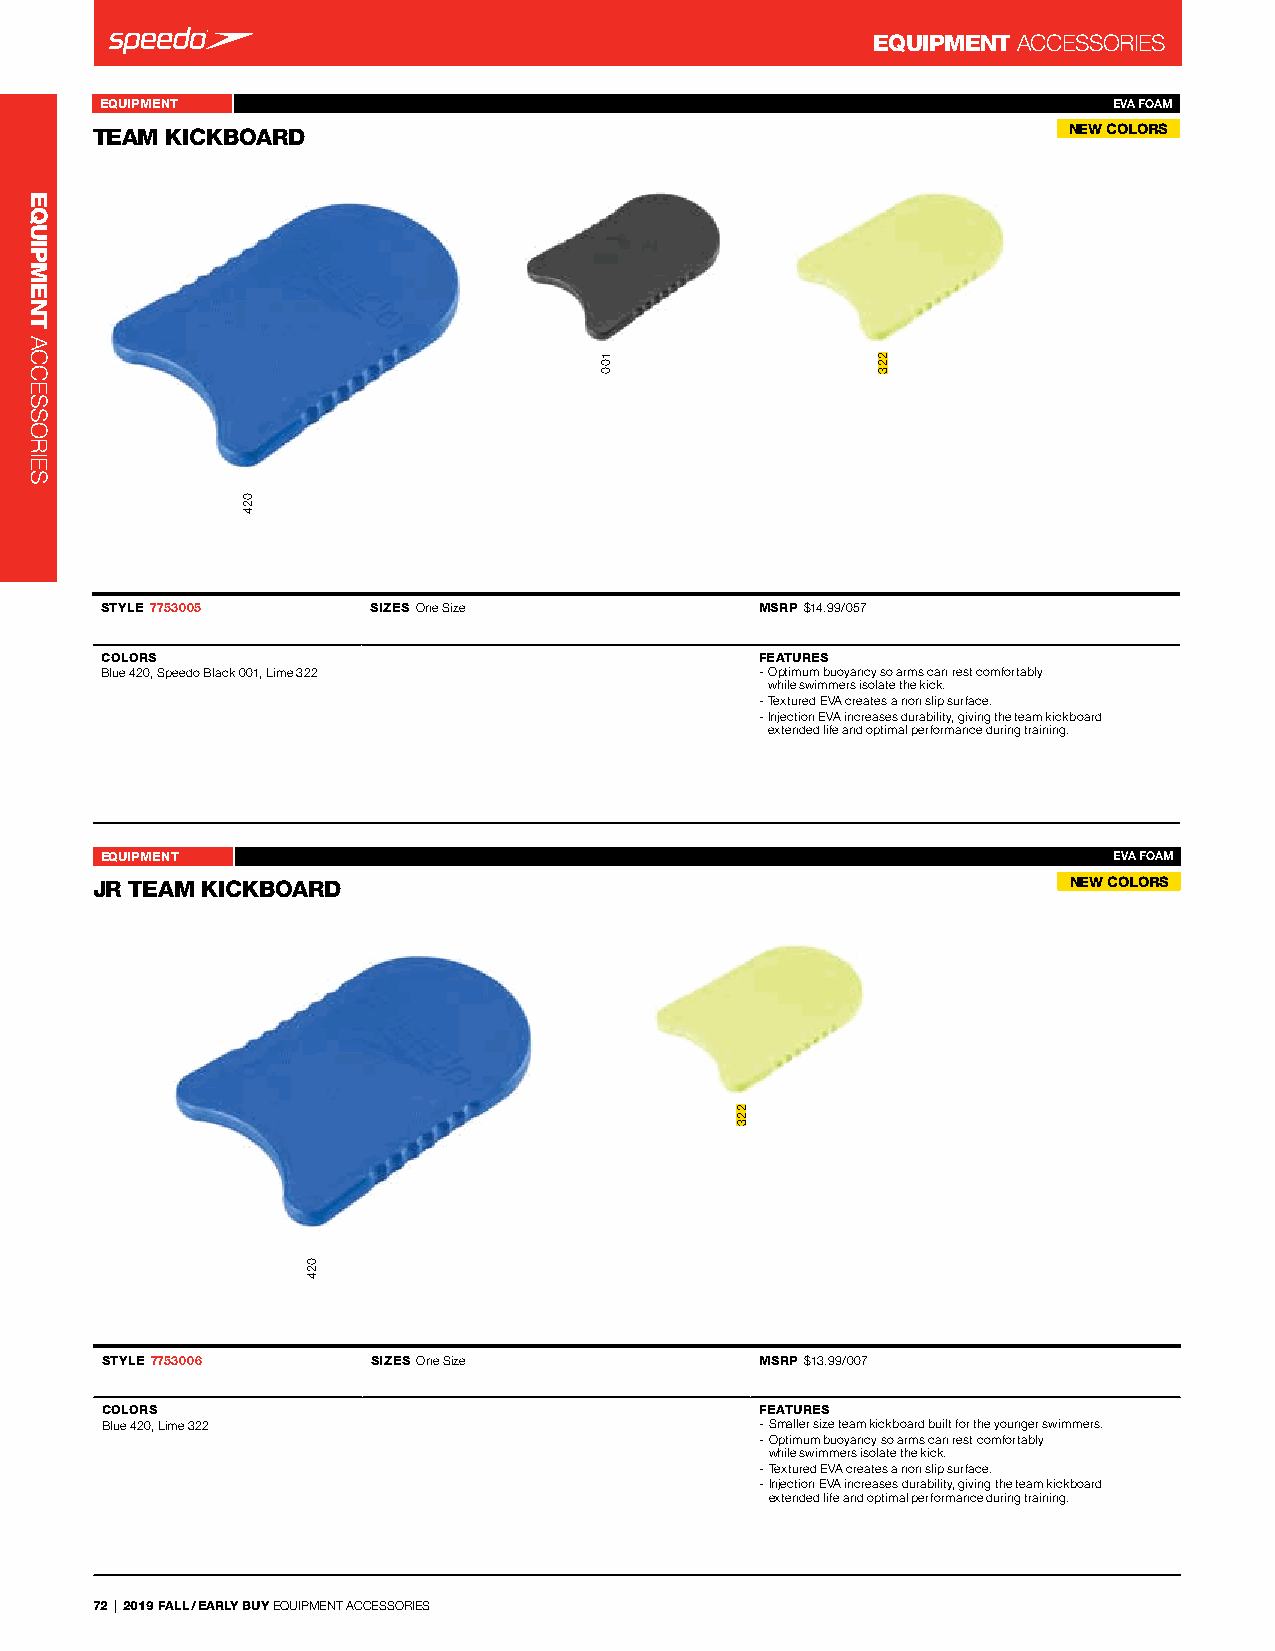
EQUIPMENT ACCessorIes
 EQUIPMENT                                               Team Kickboard 7753005 EVA FOAM
 TEAM KICKBOARD                  -                                NEW COLORS
 STYLE 7753005    SIZES one size            MSRP $14.99/057
 COLORS                                     FEATURES
 Blue 420, speedo Black 001, lime 322       - optimum buoyancy so arms can rest comfortably
 while swimmers isolate the kick.
 - Textured eVA creates a non slip surface.
 - Injection eVA increases durability, giving the team kickboard
 extended life and optimal performance during training.
 EQUIPMENT                                               Jr Team Kickboard 7753006 EVA FOAM
 JR TEAM KICKBOARD               -                                NEW COLORS
 STYLE 7753006     SIZES one size           MSRP $13.99/007
 COLORS                                     FEATURES
 Blue 420, lime 322                         - smaller size team kickboard built for the younger swimmers.
 - optimum buoyancy so arms can rest comfortably
 while swimmers isolate the kick.
 - Textured eVA creates a non slip surface.
 - Injection eVA increases durability, giving the team kickboard
 extended life and optimal performance during training.
 72 | 2019 FALL / EARLY BUY eQUIPMenT ACCessorIes
 EQUIPMENT
 ACCessorIes
 024
 024
 100
 223
 223